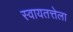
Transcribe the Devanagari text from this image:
स्वायतत्तेला